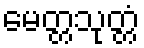
မေတ္တသုတ္တံ